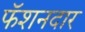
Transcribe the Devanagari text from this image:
फॅशनदार